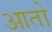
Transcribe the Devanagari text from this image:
आतो